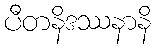
ပီတနိဒဿနာနိ